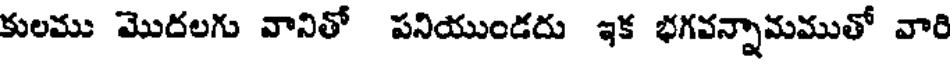
కులము మొదలగు వానితో పనియుండదు ఇక భగవన్నామముతో వారి